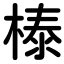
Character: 𣗘